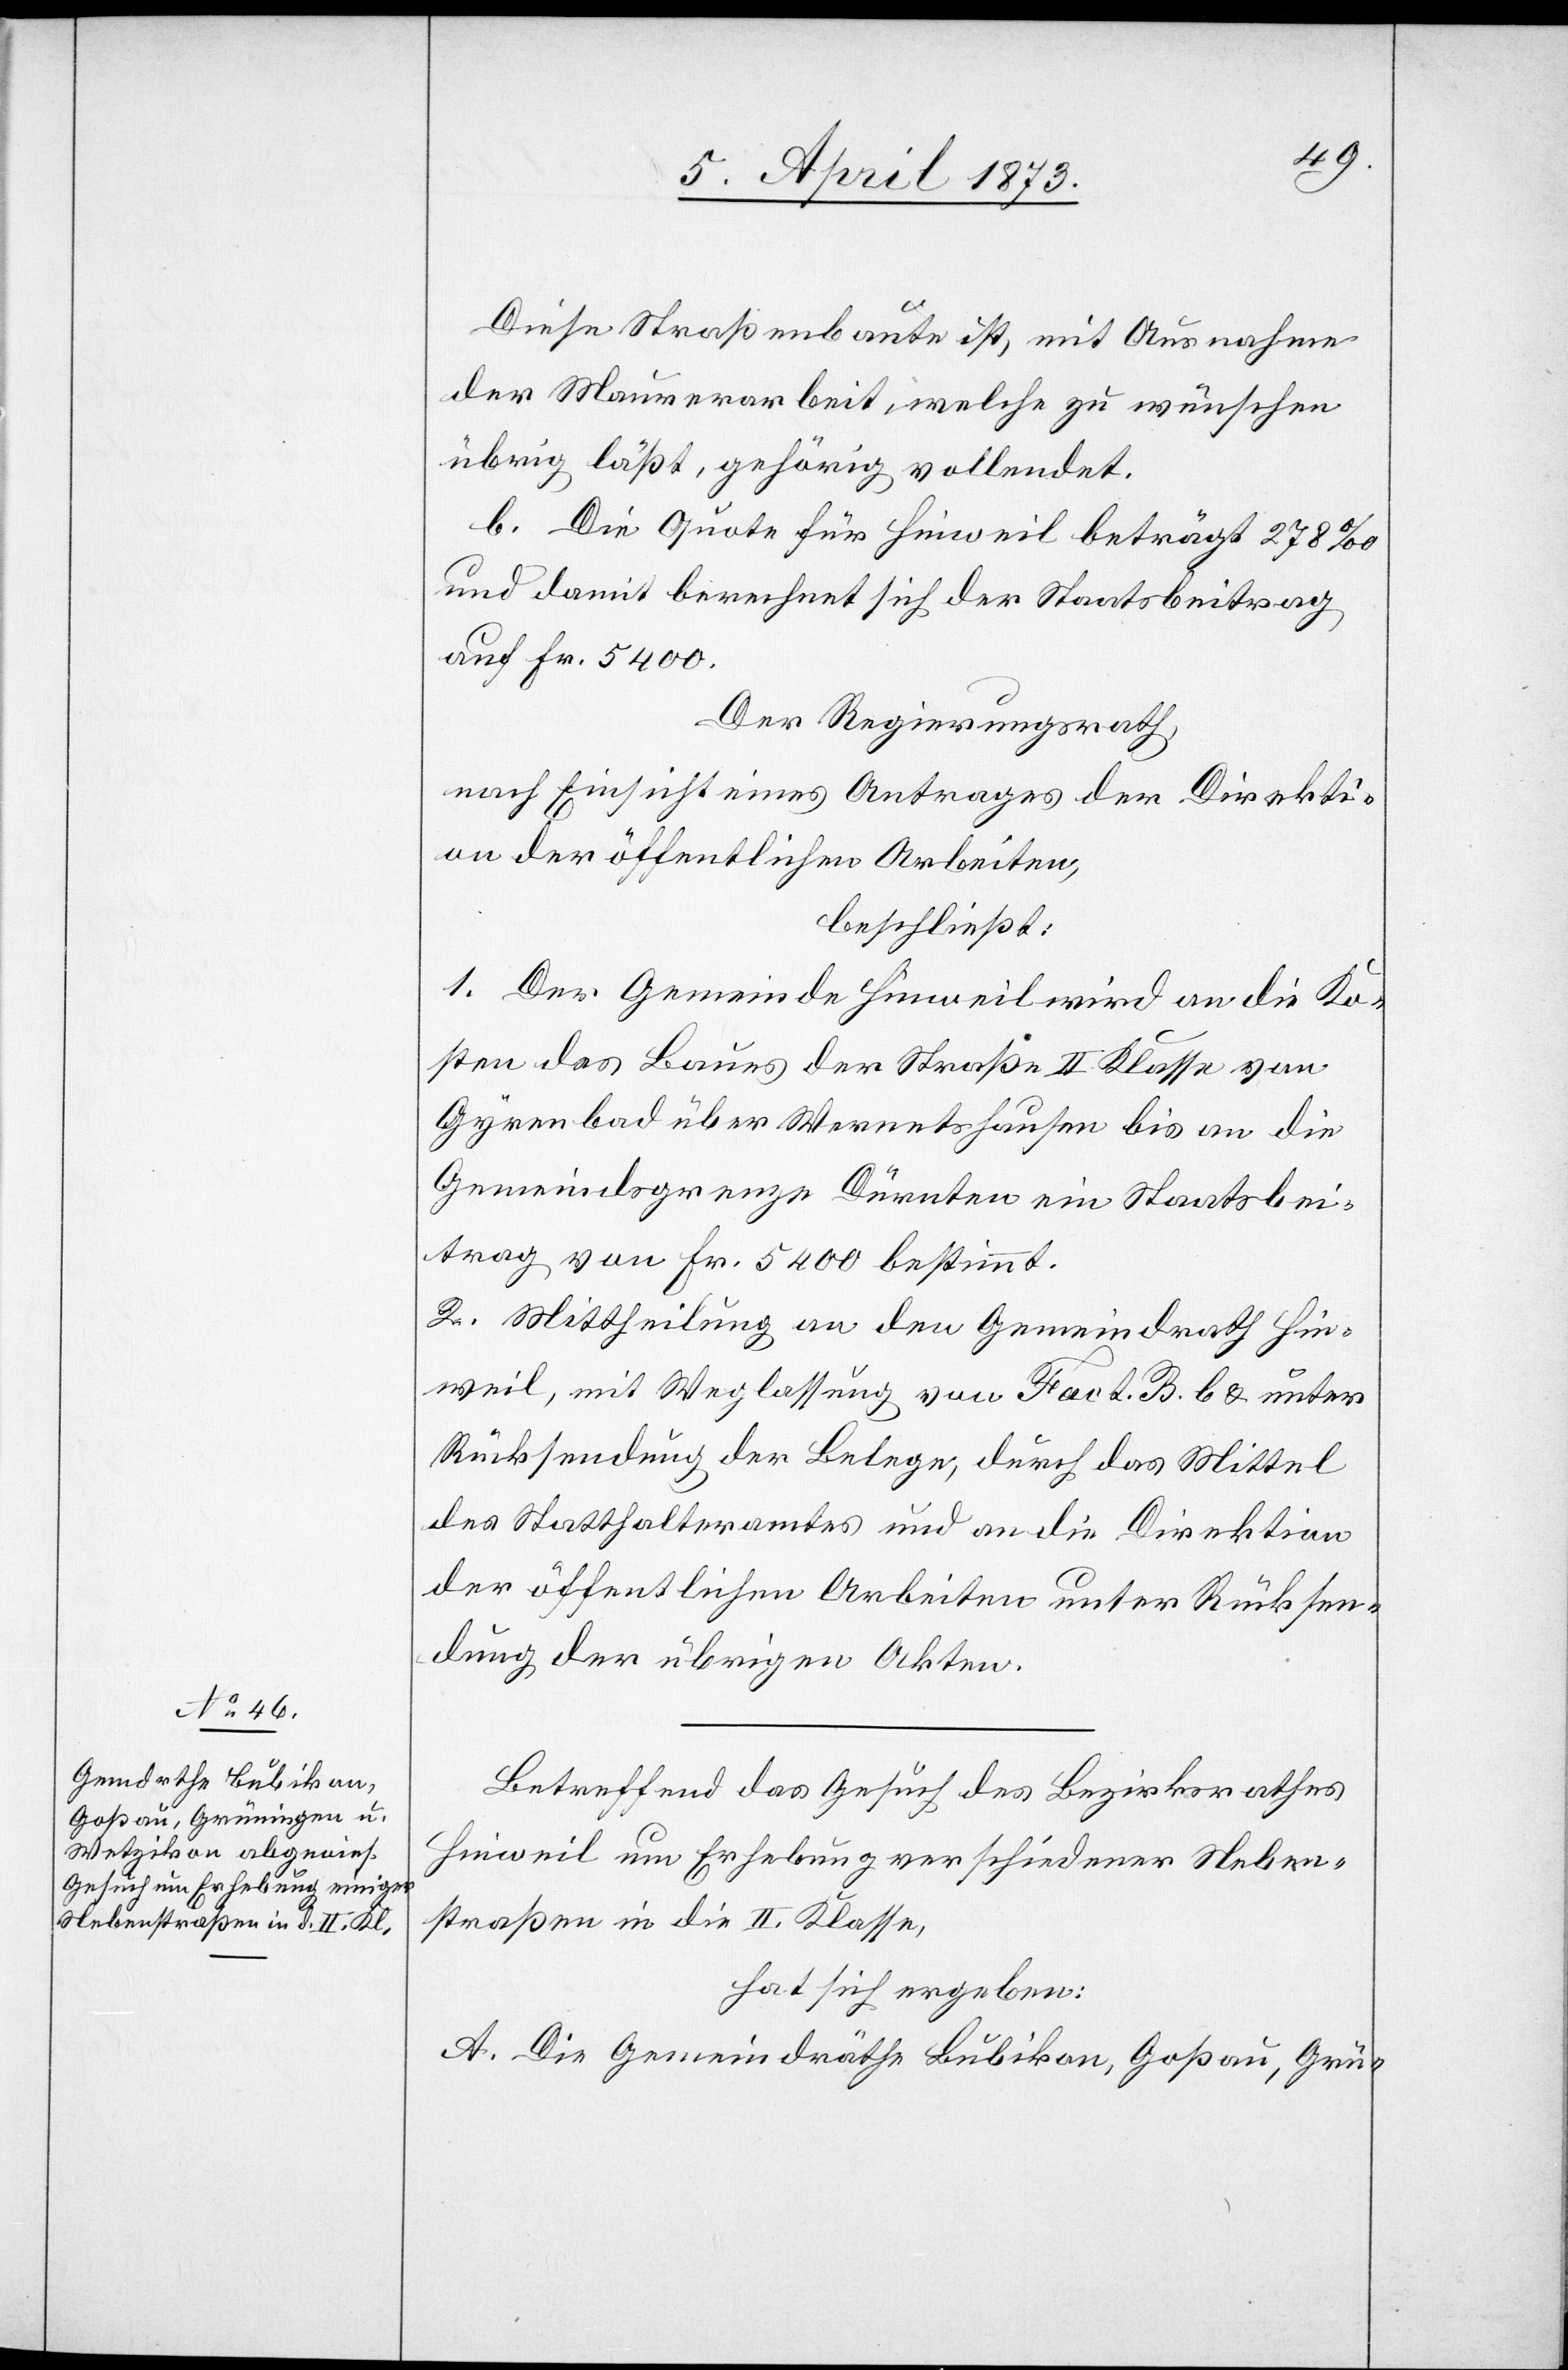
Diese Straßenbaute ist, mit Ausnahme
der Maurerarbeit, welche zu wünschen
übrig läßt, gehörig vollendet.
C. Die Quote für Hinweil beträgt 278 ‰
und damit berechnet sich der Staatsbeitrag
auf Fr. 5400.
Der Regierungsrath,
nach Einsicht eines Antrages der Direkti¬
on der öffentlichen Arbeiten,
beschließt:
1. Der Gemeinde Hinweil wird an die Ko¬
sten des Baues der Straße II. Klasse von
Gyrenbad über Wernetshausen bis an die
Gemeindesgrenze Dürnten ein Staatsbei¬
trag von Fr. 5400 bestimmt.
2. Mittheilung an den Gemeindrath Hin¬
weil, mit Weglassung von Fact. B. b u. unter
Rücksendung der Belege, durch das Mittel
des Statthalteramtes und an die Direktion
der öffentlichen Arbeiten unter Rücksen¬
dung der übrigen Akten.
Betreffend das Gesuch des Bezirksrathes
Hinweil um Erhebung verschiedener Neben¬
straßen in die II. Klasse,
hat sich ergeben:
A. Die Gemeindräthe Bubikon, Goßau, Grü-